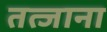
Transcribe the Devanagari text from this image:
तत्जाना